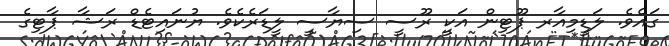
ގައެވެ. ލަޑީމިއާރ ޕޫޓިން އަކީ ރޫސީ ސިޔާސީ ލީޑަރެކެވެ. ޔުނައިޓެޑް ރަޝާ ޕާޓިގެ